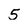
Character: 5